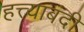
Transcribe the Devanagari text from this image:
हत्त्याबंदी